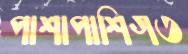
পাশাপাশিগত